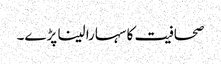
صحافیت کا سہارا لینا پڑے۔